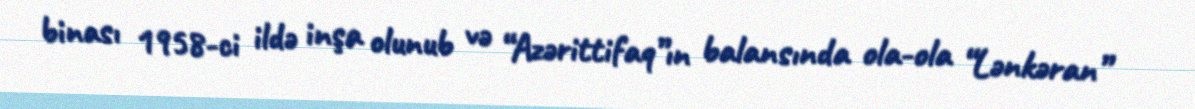
binası 1958-ci ildə inşa olunub və “Azərittifaq”ın balansında ola-ola “Lənkəran”